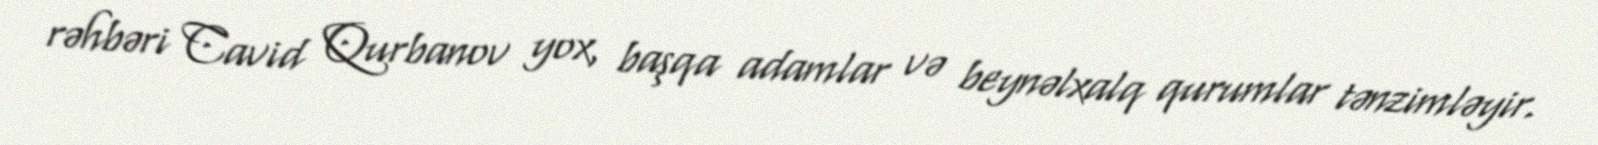
rəhbəri Cavid Qurbanov yox, başqa adamlar və beynəlxalq qurumlar tənzimləyir.